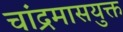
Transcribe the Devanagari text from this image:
चांद्रमासयुक्त